Indian journal of veterinary science and animal husbandry - Volumes 24-25, 1954-1955
Year: 1954
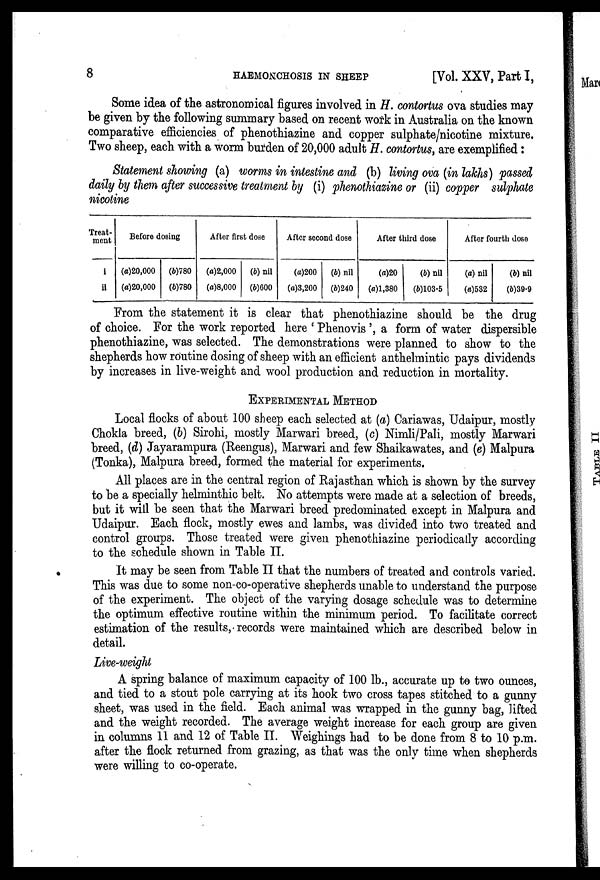
8
HAEMONCHOSIS
IN
SHEEP
[Vol. XXV, Part I,
Some idea of the astronomical figures involved in H. contortus ova studies may
be given by the following summary based on recent work in Australia on the known
comparative efficiencies of phenothiazine and copper sulphate/nicotine mixture.
Two sheep, each with a worm burden of 20,000 adult H. contortus, are exemplified:
Statement showing (a) worms in intestine and (b) living ova (in lakhs) passed
daily by them after successive treatment by (i) phenothiazine or (ii) copper sulphate
nicotine
Treat-
ment
i
ii
Before dosing
(a)20,000
(a)20,000
(b)780
(b)780
After first dose
(a)2,000
(a)8,000
(b) nil
(b)600
After second dose
(a)200
(a)3,200
(b) nil
(b)240
After third dose
(a)20
(a)1,380
(b) nil
(b)103.5
After fourth dose
(a) nil
(a)532
(b) nil
(b)39.9
From the statement it is clear that phenothiazine should be the drug
of choice. For the work reported here ' Phenovis ', a form of water dispersible
phenothiazine, was selected. The demonstrations were planned to show to the
shepherds how routine dosing of sheep with an efficient anthelmintic pays dividends
by increases in live-weight and wool production and reduction in mortality.
EXPERIMENTAL METHOD
Local flocks of about 100 sheep each selected at (a) Cariawas, Udaipur, mostly
Chokla breed, (b) Sirohi, mostly Marwari breed, (c) Nimli/Pali, mostly Marwari
breed, (d) Jayarampura (Reengus), Marwari and few Shaikawates, and (e) Malpura
(Tonka), Malpura breed, formed the material for experiments.
All places are in the central region of Rajasthan which is shown by the survey
to be a specially helminthic belt. No attempts were made at a selection of breeds,
but it will be seen that the Marwari breed predominated except in Malpura and
Udaipur. Each flock, mostly ewes and lambs, was divided into two treated and
control groups. Those treated were given phenothiazine periodically according
to the schedule shown in Table II.
It may be seen from Table II that the numbers of treated and controls varied.
This was due to some non-co-operative shepherds unable to understand the purpose
of the experiment. The object of the varying dosage schedule was to determine
the optimum effective routine within the minimum period. To facilitate correct
estimation of the results, records were maintained which are described below in
detail.
Live-weight
A spring balance of maximum capacity of 100 lb., accurate up to two ounces,
and tied to a stout pole carrying at its hook two cross tapes stitched to a gunny
sheet, was used in the field. Each animal was wrapped in the gunny bag, lifted
and the weight recorded. The average weight increase for each group are given
in columns 11 and 12 of Table II. Weighings had to be done from 8 to 10 p.m.
after the flock returned from grazing, as that was the only time when shepherds
were willing to co-operate.